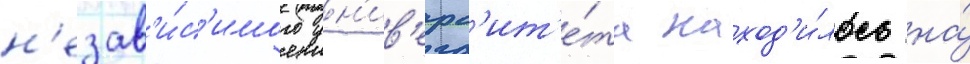
н'езав'и́с'имого ун'ив'ерс'ит'е́та наход'и́лось на́